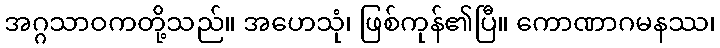
အဂ္ဂသာဝကတို့သည်။ အဟေသုံ၊ ဖြစ်ကုန်၏ပြီ။ ကောဏာဂမနဿ၊